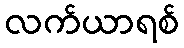
လက်ယာရစ်